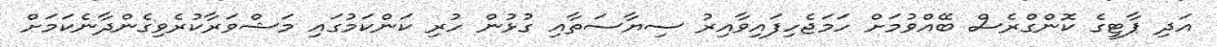
އަދި ޕާޓީގެ ކޮންގްރެސް ބޭއްވުމަށް ހަމަޖެހިފައިވާއިރު ސިޔާސަތާއި ގުޅުން ހުރި ކަންކަމުގައި މަޝްވަރާކުރެވިގެންދާނެކަމަށް